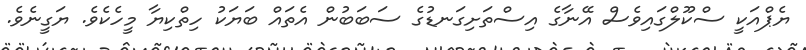
ޔެެޕްއަކީ ސްކޫލްގައިވެސް އޭނާގެ އިސްތަށިގަނޑުގެ ސަބަބުން އެތައް ބަޔަކު ހިތްކިޔާ މީހެކެވެ. ޔަގީނެވެ.